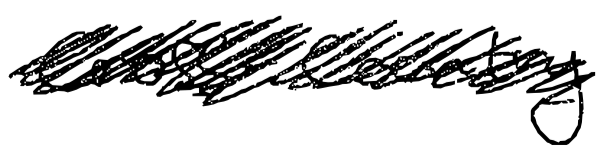
Text: cross-country
Cross-out: scratch
Writing tool: digital_black